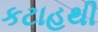
કટાહથી